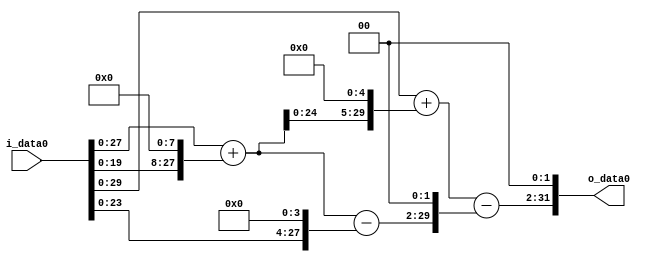
module multiplier_block (
    i_data0,
    o_data0
);

  // Port mode declarations:
  input   [31:0] i_data0;
  output  [31:0]
    o_data0;

  //Multipliers:

  wire [31:0]
    w1,
    w256,
    w257,
    w8224,
    w8225,
    w16,
    w241,
    w964,
    w7261,
    w29044;

  assign w1 = i_data0;
  assign w16 = w1 << 4;
  assign w241 = w257 - w16;
  assign w256 = w1 << 8;
  assign w257 = w1 + w256;
  assign w29044 = w7261 << 2;
  assign w7261 = w8225 - w964;
  assign w8224 = w257 << 5;
  assign w8225 = w1 + w8224;
  assign w964 = w241 << 2;

  assign o_data0 = w29044;

  //multiplier_block area estimate = 6752.59195394118;
endmodule